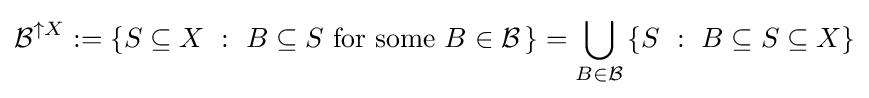
{\mathcal {B}}^{\uparrow X}:=\left\{S\subseteq X~:~B\subseteq S{\text{ for some }}B\in {\mathcal {B}}\,\right\}=\bigcup _{B\in {\mathcal {B}}}\left\{S~:~B\subseteq S\subseteq X\right\}